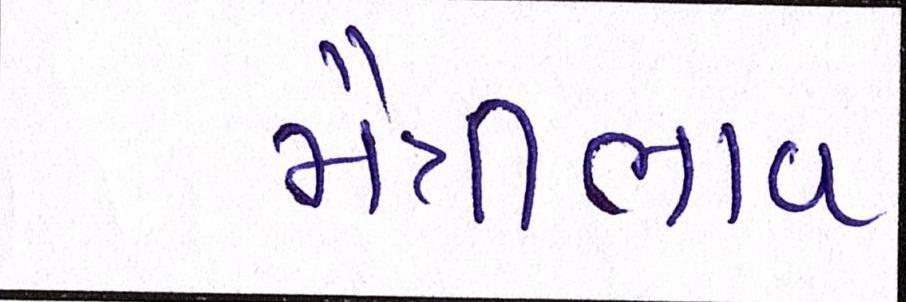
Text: મૈત્રીભાવ